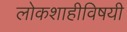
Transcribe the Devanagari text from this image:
लोकशाहीविषयी